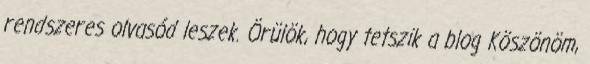
rendszeres olvasód leszek. Örülök, hogy tetszik a blog Köszönöm,